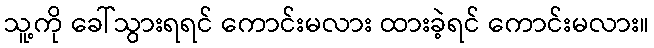
သူ့ကို ခေါ်သွားရရင် ကောင်းမလား ထားခဲ့ရင် ကောင်းမလား။